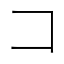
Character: コ